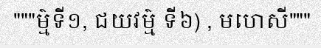
"""ម៌្មទី១, ជយវម៌្ម ទី៦) , មហេសី"""